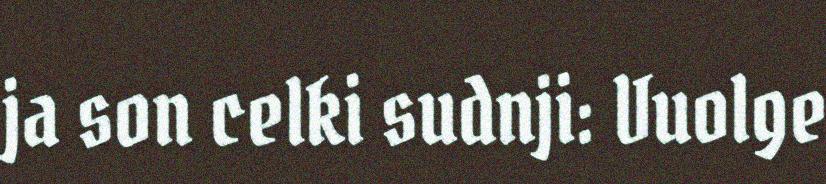
ja son celki sudnji: Vuolge